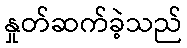
နှုတ်ဆက်ခဲ့သည်